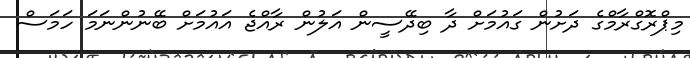
މިޕްރޮގްރާމްގެ ދަށުން ގައުމަށް ދާ ބިދޭސީން އަލުން ރާއްޖެ އައުމަށް ބޭނުންނަމަ ހަމަސް